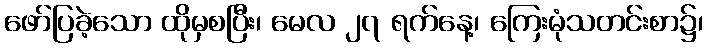
ဖော်ပြခဲ့သော ထိုမှစပြီး၊ မေလ ၂၇ ရက်နေ့၊ ကြေးမုံသတင်းစာ၌၊